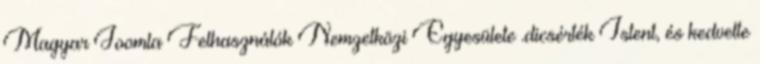
Magyar Joomla Felhasználók Nemzetközi Egyesülete .dicsérték Istent, és kedvelte